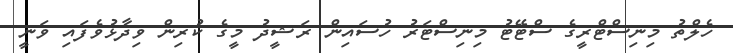
ހެލްތު މިނިސްޓްރީގެ ސްޓޭޓު މިނިސްޓަރު ހުސައިން ރަޝީދު މީގެ ކުރިން ވިދާޅުވެފައި ވަނީ